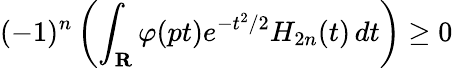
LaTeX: (-1)^{n}\left(\int_{\mathbf{R}}\varphi(pt)e^{-t^{2}/2}H_{2n}(t)\, dt\right)\geq 0